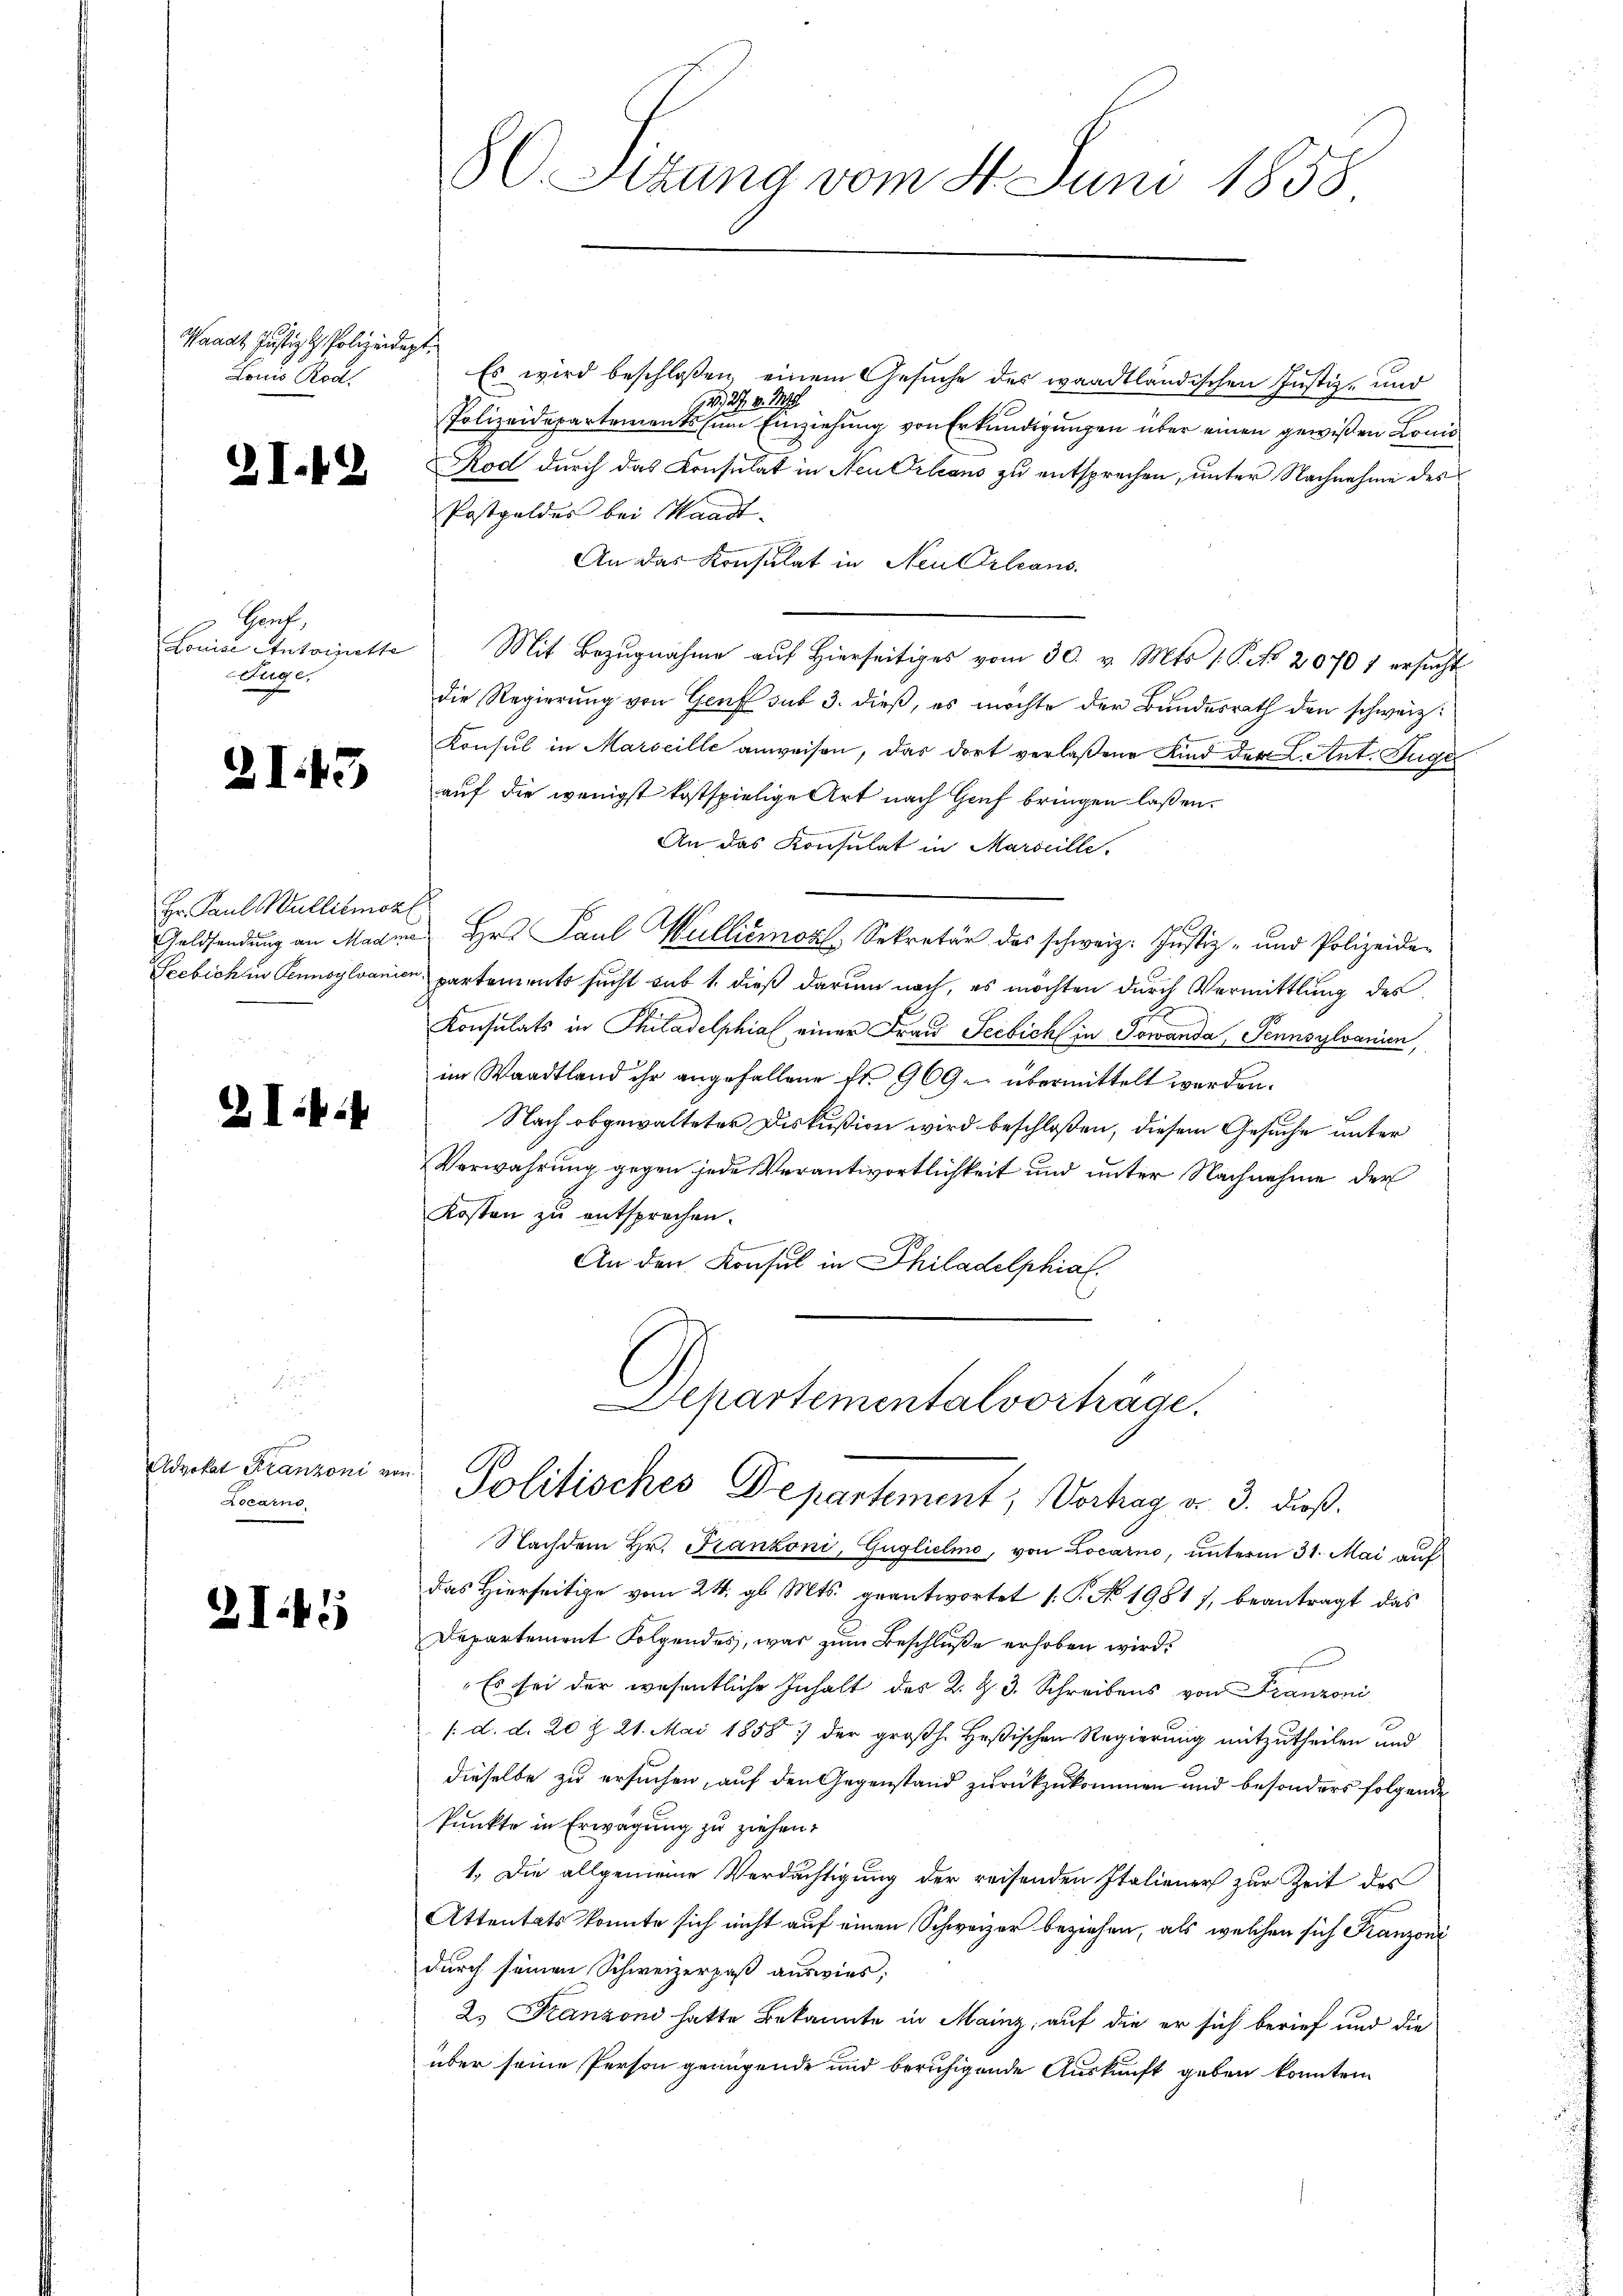
Manat Justiz & Polizeidept.
Lanus Ross

3I.42

Gant,
Louise Antoinette
Riege.

ZI43

Hr. Paul Wallitmokl
Geldsendung an Madme
Szebichen Pennsylvanien

I

Advokat Kranzoni v
Locarno

2I45

frag

8l Sizung vom 4. Juni 1858.

Es wird beschloßen, einem Gesuche des waadtländischen Justiz- und
1926, 27. v. M
Polizeidepartements zum Einziehung von Erkundigungen über einen gewißen Land¬
Rod durch das Konsulat in Neu Orleans zu entsprechen, unter Nachnahme des
Postgeldes bei Waadt.
An das Konsulat in Neu Orleans
Mit Bezugnahme auf Hierseitiges vom 30. v. Mts. 1. P. No 20701 ersucht
die Regierung von Genf sub 3. dieß, es möchte der Bundesrath den schweiz.
Konsul in Marseille anweisen, das dort verlaßene Kind der L. Ant. Auge
auf die wenigst kostspielige Art nach Genf bringen laßen.
An das Konsulat in Marseille.
Hr. Paul Wallision. Sekretär das schweiz. Justiz- und Polizeide-
partements sucht sub 1. dieß darum nach, es möchten durch Vermittlung des
Konsulats in Philadelphia einer Frau Seebich in Sowanda Sennsylvanien,
im Waadtland ihr angefallene Fr. 969 übermittelt werden.
Nach obgewalteter Diskußion wird beschloßen, diesem Gesuche unter
Verwahrung gegen jede Verantwortlichkeit und unter Nachnahme der
Kosten zu entsprochen.
An den Konsul in Philadelphia

Separtementalvorträge.
Politisches Departement, Vortrag d. 3. dieß.

Nachdem Hr. Franzoni, Guglielo, von Locarno, unterm 31. Mai auf
das hierseitige vom 24. gl. Mts. geantwortet /: P. No. 1981), beantragt das
Departement Folgendes, was zum Beschluße erhoben wird.
"Es sei der wesentliche Inhalt des K. Z. 3. Schreibens von Franzoni
/: d. d. 20 Z. 21. Mai 1858 der großh. Heßischen Regierung mitzutheilen und
dieselbe zu ersuchen, auf den Gegenstand zurückzukommen und besonders folgende
Punkte in Erwägung zu ziehen.
1. Die allgemeine Verdächtigung der reisenden Italiener zur Zeit des
Attentats konnte sich nicht auf einen Schweizer beziehen, als welchen sich Franzoni
durch seinen Schweizerpaß auswies,
2. Franzoni hatte Bekannte in Mainz, auf die er sich berief und die
über seine Person genügende und beruhigende Auskunft geben konnten